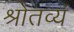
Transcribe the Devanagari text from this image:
श्रोतव्यं